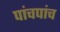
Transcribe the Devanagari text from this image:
पांचपांच